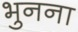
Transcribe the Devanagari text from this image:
भुनना